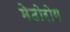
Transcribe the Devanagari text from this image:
मेढोरोग